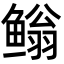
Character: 𮬢